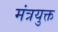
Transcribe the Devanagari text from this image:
मंत्रयुक्त